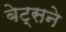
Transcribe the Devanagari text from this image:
बेट्सने